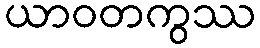
ယာဝတကွဿ